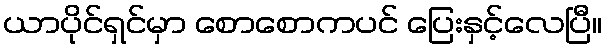
ယာပိုင်ရှင်မှာ စောစောကပင် ပြေးနှင့်လေပြီ။